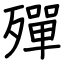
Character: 殫